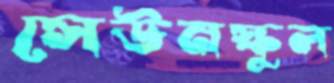
সেউনস্কুল